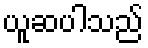
ယူဆပါသည်